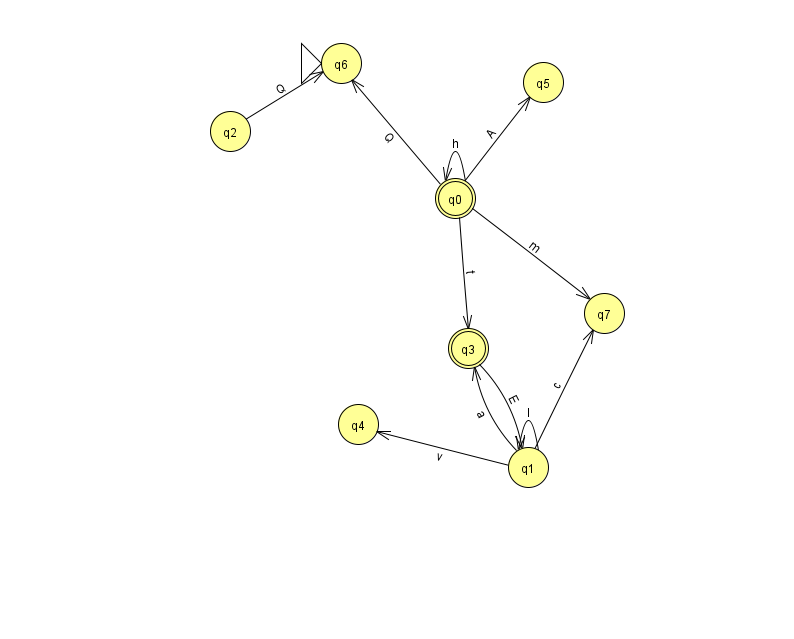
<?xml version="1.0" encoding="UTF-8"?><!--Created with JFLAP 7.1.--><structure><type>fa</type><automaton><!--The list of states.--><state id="0" name="q0"><x>455.0</x><y>185.0</y><final/></state><state id="1" name="q1"><x>528.0</x><y>454.0</y></state><state id="2" name="q2"><x>230.0</x><y>118.0</y></state><state id="3" name="q3"><x>468.0</x><y>335.0</y><final/></state><state id="4" name="q4"><x>358.0</x><y>411.0</y></state><state id="5" name="q5"><x>543.0</x><y>69.0</y></state><state id="6" name="q6"><x>341.0</x><y>50.0</y><initial/></state><state id="7" name="q7"><x>604.0</x><y>300.0</y></state><!--The list of transitions.--><transition><from>0</from><to>3</to><read>t</read></transition><transition><from>1</from><to>7</to><read>c</read></transition><transition><from>0</from><to>6</to><read>Q</read></transition><transition><from>0</from><to>7</to><read>m</read></transition><transition><from>0</from><to>5</to><read>A</read></transition><transition><from>0</from><to>0</to><read>h</read></transition><transition><from>2</from><to>6</to><read>Q</read></transition><transition><from>1</from><to>1</to><read>I</read></transition><transition><from>3</from><to>1</to><read>E</read></transition><transition><from>1</from><to>4</to><read>v</read></transition><transition><from>1</from><to>3</to><read>a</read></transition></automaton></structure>